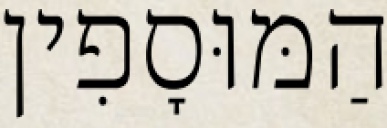
הַמּוּסָפִין